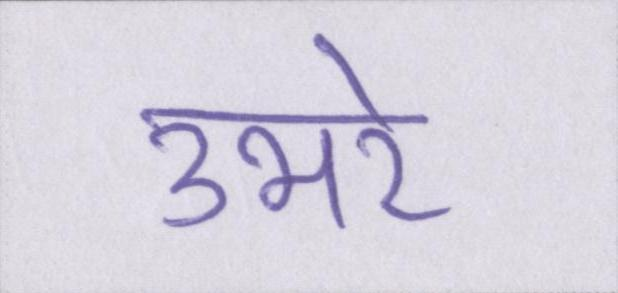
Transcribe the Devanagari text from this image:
उभरे